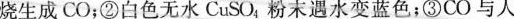
烧生成CO；②白色无水CuSO_{4}；粉末遇水变蓝色；③CO与人